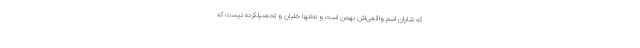
که شایان اسم واقعی‌اش بهمن است و نه‌تنها خلبان و تحصیلکرده نیست که